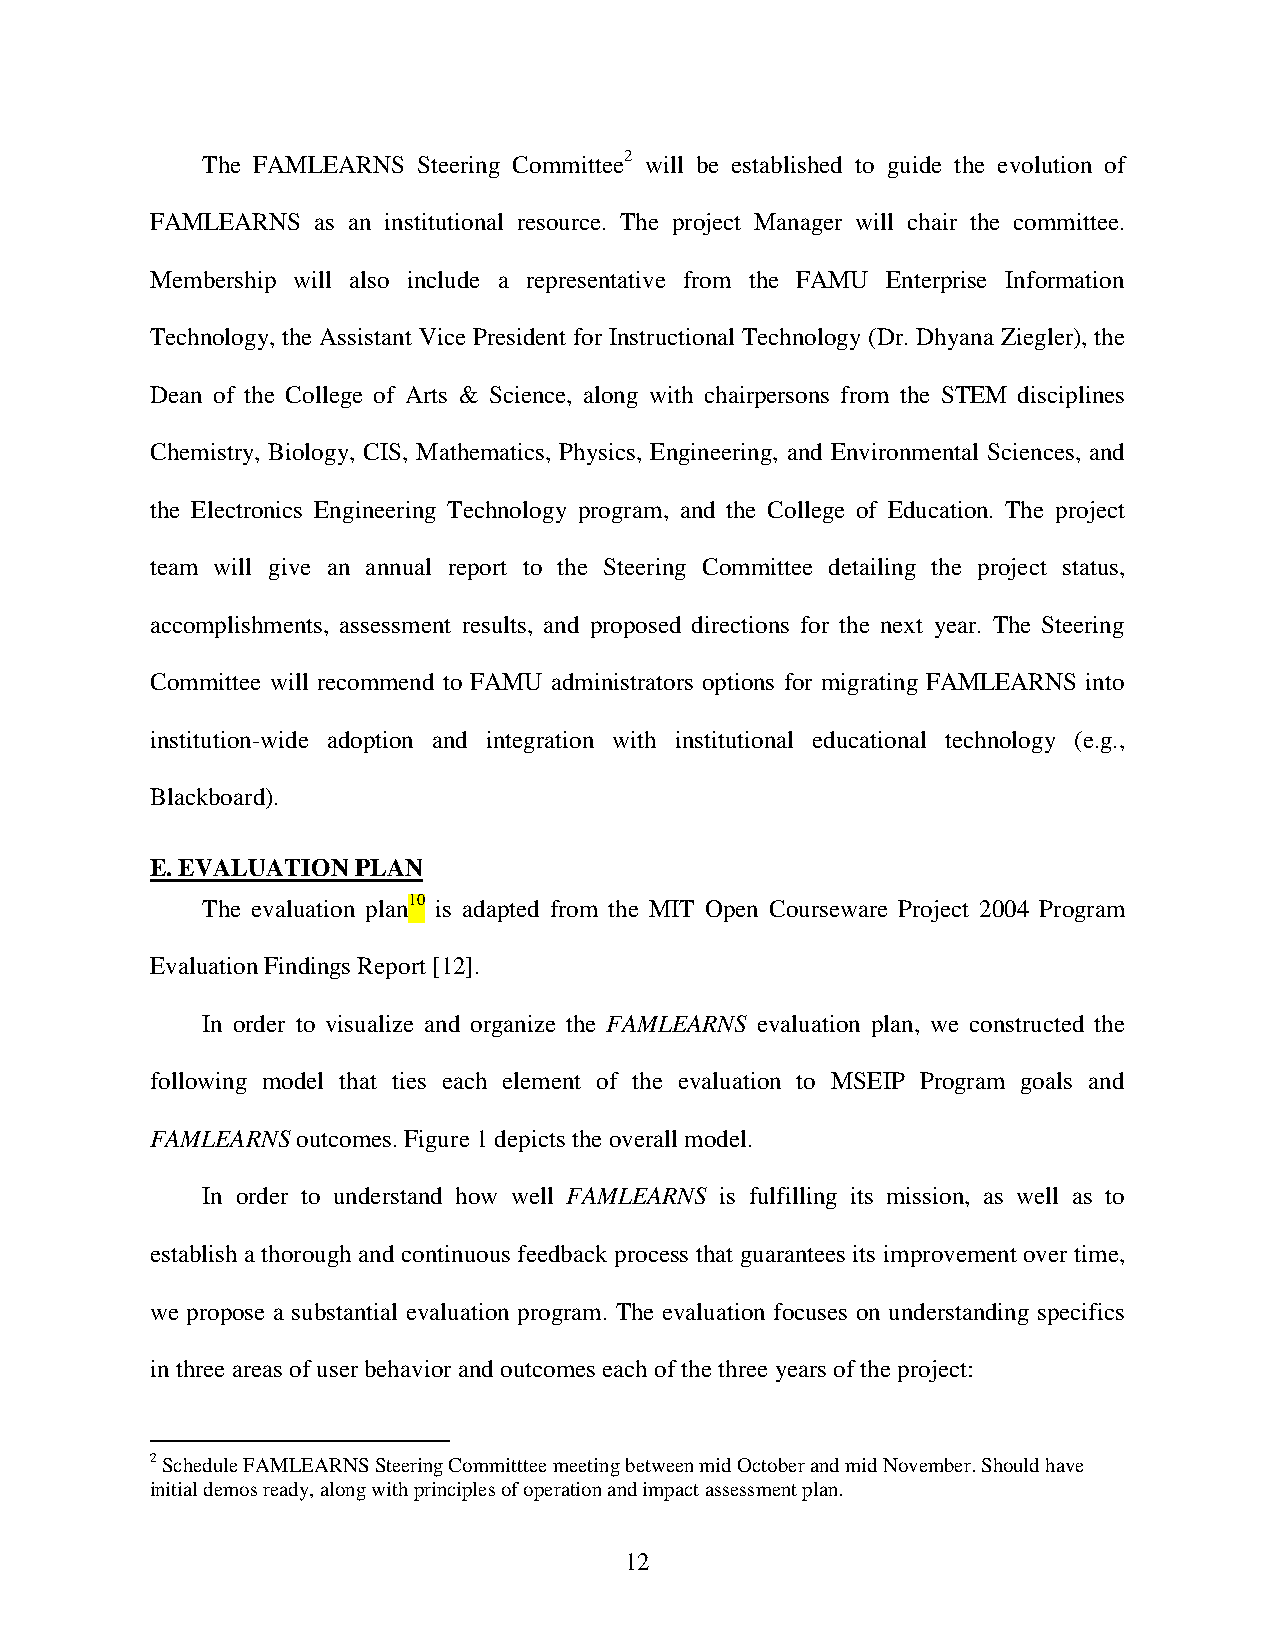
The FAMLEARNS  Steering Committee2 will be established to guide the evolution of
 FAMLEARNS  as an institutional resource. The project Manager will chair the committee.
 Membership will also include a representative from the FAMU Enterprise Information
 Technology, the Assistant Vice President for Instructional Technology (Dr. Dhyana Ziegler), the
 Dean of the College of Arts & Science, along with chairpersons from the STEM disciplines
 Chemistry, Biology, CIS, Mathematics, Physics, Engineering, and Environmental Sciences, and
 the Electronics Engineering Technology program, and the College of Education. The project
 team will give an annual report to the Steering Committee detailing the project status,
 accomplishments, assessment results, and proposed directions for the next year. The Steering
 Committee will recommend to FAMU administrators options for migrating FAMLEARNS into
 institution-wide adoption and integration with institutional educational technology (e.g.,
 Blackboard).
 E. EVALUATION PLAN
 The evaluation plan10 is adapted from the MIT Open Courseware Project 2004 Program
 Evaluation Findings Report [12].
 In order to visualize and organize the FAMLEARNS evaluation plan, we constructed the
 following model that ties each element of the evaluation to MSEIP Program goals and
 FAMLEARNS outcomes. Figure 1 depicts the overall model.
 In order to understand how well FAMLEARNS is fulfilling its mission, as well as to
 establish a thorough and continuous feedback process that guarantees its improvement over time,
 we propose a substantial evaluation program. The evaluation focuses on understanding specifics
 in three areas of user behavior and outcomes each of the three years of the project:
 2 Schedule FAMLEARNS Steering Committtee meeting between mid October and mid November. Should have
 initial demos ready, along with principles of operation and impact assessment plan.
 12